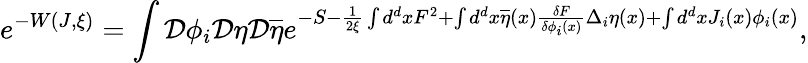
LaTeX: e^{-W(J,\xi)}=\int{\cal D}\phi_{i}{\cal D}\eta{\cal D}\overline{{{\eta}}}e^{-S-\frac 1{2\xi}\int d^{d}xF^{2}+\int d^{d}x\overline{{{\eta}}}(x)\frac{\delta F}{\delta\phi_{i}(x)}\Delta_{i}\eta(x)+\int d^{d}xJ_{i}(x)\phi_{i}(x)},